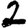
Digit: 2